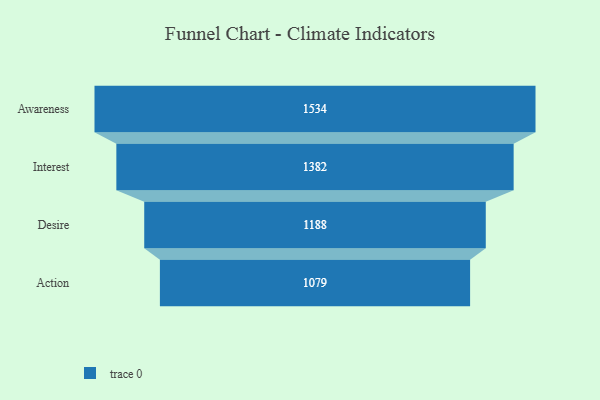
{"axis": {"x": "Stage", "y": "Value"}, "legend": [""], "data": [{"x": "Awareness", "y": 1534.0, "type": ""}, {"x": "Interest", "y": 1382.0, "type": ""}, {"x": "Desire", "y": 1188.0, "type": ""}, {"x": "Action", "y": 1079.0, "type": ""}]}